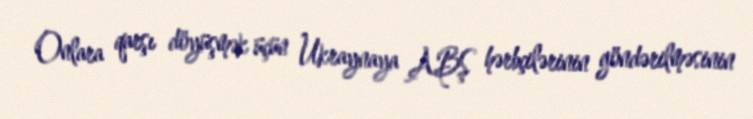
Onlara qarşı döyüşmək üçün Ukraynaya ABŞ hərbçilərinin göndərilməsinin